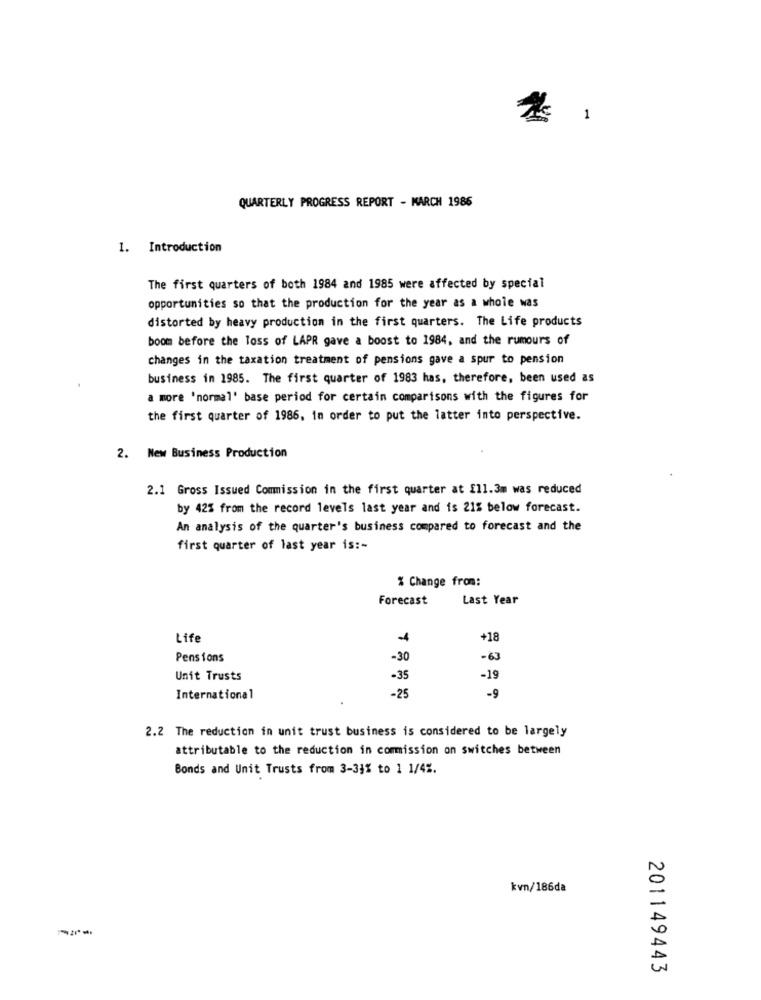
1
QUARTERLY PROGRESS REPORT - MARCH 1986
1. Introduction
The first quarters of both 1984 and 1985 were affected by special
opportunities so that the production for the year as a whole was
distorted by heavy production in the first quarters. The Life products
boom before the loss of LAPR gave a boost to 1984, and the rumours of
changes in the taxation treatment of pensions gave a spur to pension
business in 1985. The first quarter of 1983 has, therefore, been used as
a more 'normal' base period for certain comparisons with the figures for
the first quarter of 1986, in order to put the latter into perspective.
2. New Business Production
2.1 Gross Issued Commission in the first quarter at Ell.3m was reduced
by 42% from the record levels last year and is 21% below forecast.
An analysis of the quarter's business compared to forecast and the
first quarter of last year is :-
% Change from:
Forecast
Last Year
Life
+18
Pensions
-30
-63
Unit Trusts
-35
-19
-9
International
-25
2.2 The reduction in unit trust business is considered to be largely
attributable to the reduction in commission on switches between
Bonds and Unit Trusts from 3-33% to 1 1/4%.
kvn/186da
201149443